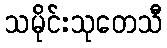
သမိုင်းသုတေသီ